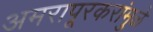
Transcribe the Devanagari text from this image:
अमरापूूरकरांमुळे